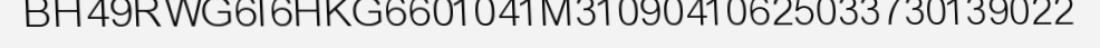
BH49RWG6I6HKG6601041M31090410625033730139022